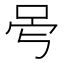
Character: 𠰡